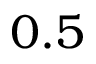
0 . 5